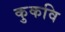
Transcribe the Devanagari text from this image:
कुकवि